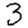
Digit: 3